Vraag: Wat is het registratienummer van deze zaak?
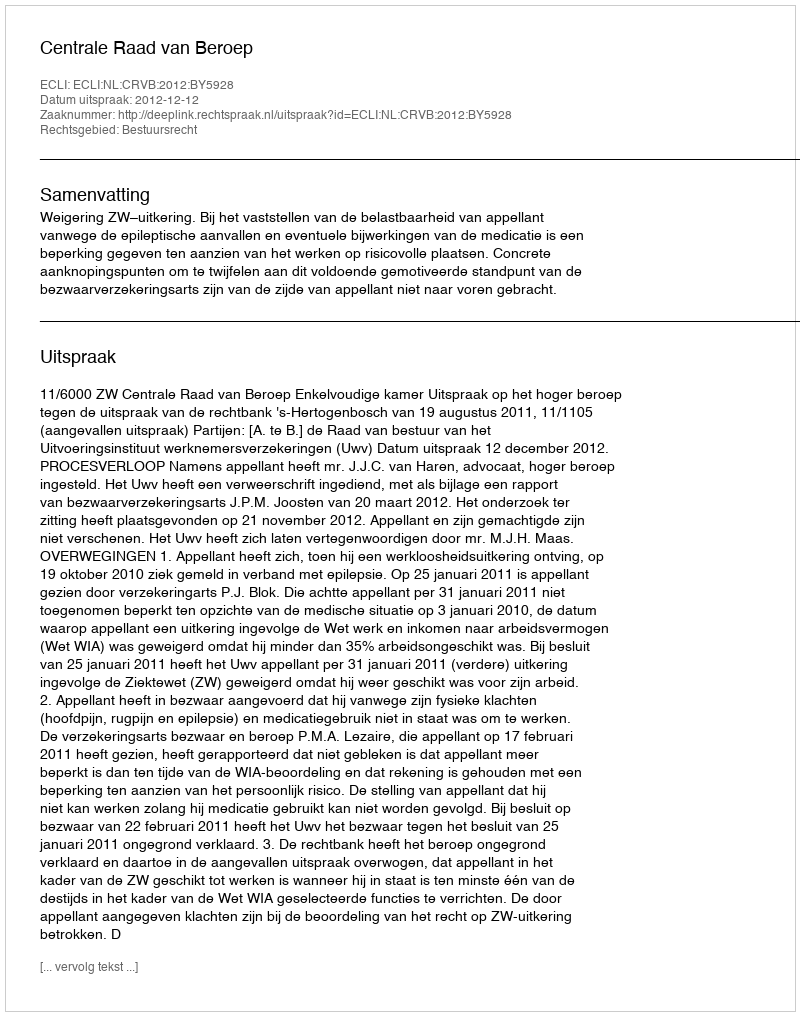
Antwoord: http://deeplink.rechtspraak.nl/uitspraak?id=ECLI:NL:CRVB:2012:BY5928